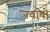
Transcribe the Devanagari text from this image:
जवाबो